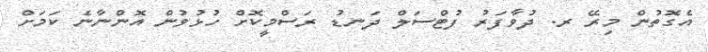
އެގޮތުން މިރޭ ރ. ދުވާފަރު ފުޓްސަލް ދަނޑު ރަސްމީކޮށް ހުޅުވުން އޮންނާނެ ކަމަށް